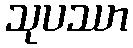
သုပဿာ